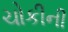
ચોકીની